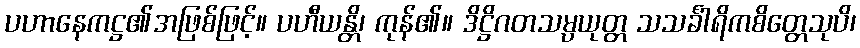
ပဟာနေကဋ္ဌ၏အဖြစ်ဖြင့်။ ပဟီယန္တိ၊ ကုန်၏။ ဒိဋ္ဌိဂတသမ္ပယုတ္တ သသင်္ခါရိကစိတ္တေသုပိ၊